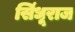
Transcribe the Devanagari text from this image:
सिंधूराज